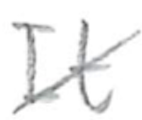
Text: It
Cross-out: diagonal
Writing tool: pencil